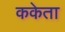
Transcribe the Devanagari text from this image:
ककेता